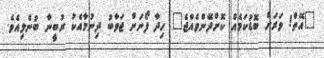
"އޭތް! ވަރަށް ބޮޑުކަމެއް ކޮށްދޭންވެއްޖެ" ހިދާ ފޯނަށް ޖަވާބު ދިނުމާއެކު ރުބީނާ ބުނެލިއެވެ.